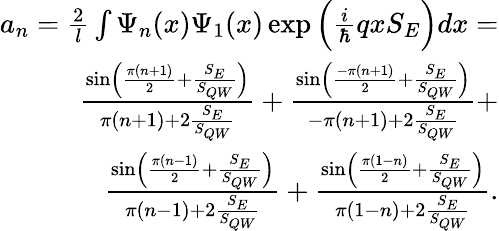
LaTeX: \begin{array}{r}{a_{n}=\frac{2}{l}\int\Psi_{n}(x)\Psi_{1}(x)\exp{\Big(\frac{i}{\hbar}qxS_{E}\Big)}dx=}\\ {\frac{\sin\left(\frac{\pi(n+1)}{2}+\frac{S_{E}}{S_{{QW}}}\right)}{\pi(n+1)+2\frac{S_{E}}{S_{{QW}}}}+\frac{\sin\left(\frac{-\pi(n+1)}{2}+\frac{S_{E}}{S_{{QW}}}\right)}{-\pi(n+1)+2\frac{S_{E}}{S_{{QW}}}}+}\\ {\frac{\sin\left(\frac{\pi(n-1)}{2}+\frac{S_{E}}{S_{{QW}}}\right)}{\pi(n-1)+2\frac{S_{E}}{S_{{QW}}}}+\frac{\sin\left(\frac{\pi(1-n)}{2}+\frac{S_{E}}{S_{{QW}}}\right)}{\pi(1-n)+2\frac{S_{E}}{S_{{QW}}}}.}\end{array}